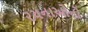
રચનાઓનો